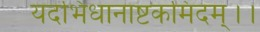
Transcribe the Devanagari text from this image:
यदभिधानाष्टकमिदम्।।